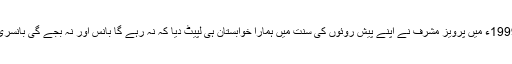
1999ء میں پرویز مشرف نے اپنے پیش روئوں کی سنت میں ہمارا خوابستان ہی لپیٹ دیا کہ نہ رہے گا بانس اور نہ بجے گی بانسری۔